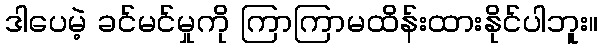
ဒါပေမဲ့ ခင်မင်မှုကို ကြာကြာမထိန်းထားနိုင်ပါဘူး။